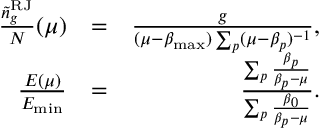
\begin{array} { r l r } { \frac { { \tilde { n } } _ { g } ^ { \mathrm { R J } } } { N } ( \mu ) } & { = } & { \frac { g } { ( \mu - \beta _ { \mathrm { m a x } } ) \sum _ { p } ( \mu - \beta _ { p } ) ^ { - 1 } } , } \\ { \frac { E ( \mu ) } { E _ { \mathrm { m i n } } } } & { = } & { \frac { \sum _ { p } \frac { \beta _ { p } } { \beta _ { p } - \mu } } { \sum _ { p } \frac { \beta _ { 0 } } { \beta _ { p } - \mu } } . } \end{array}